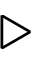
\triangleright